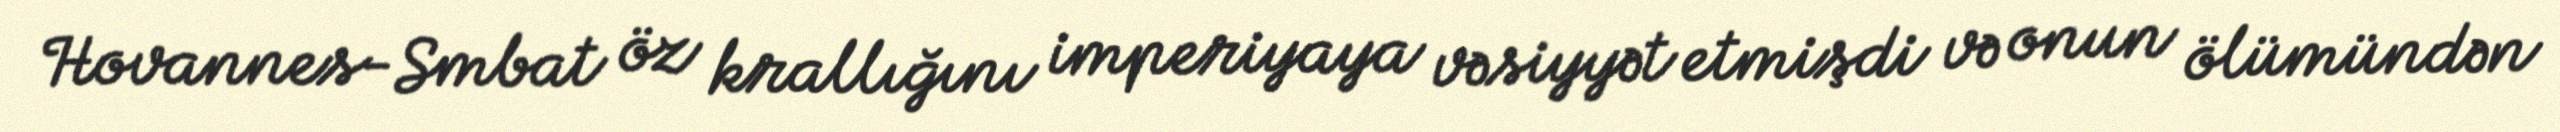
Hovannes-Smbat öz krallığını imperiyaya vəsiyyət etmişdi və onun ölümündən